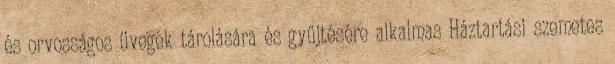
és orvosságos üvegek tárolására és gyűjtésére alkalmas Háztartási szemetes